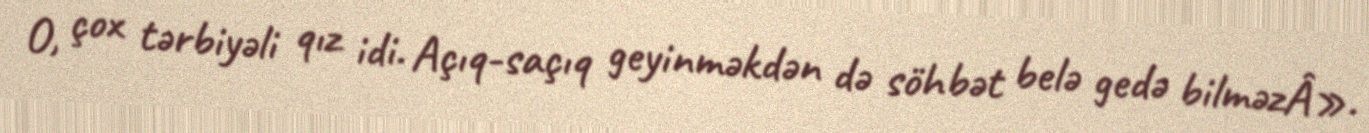
O, çox tərbiyəli qız idi. Açıq-saçıq geyinməkdən də söhbət belə gedə bilməzÂ».